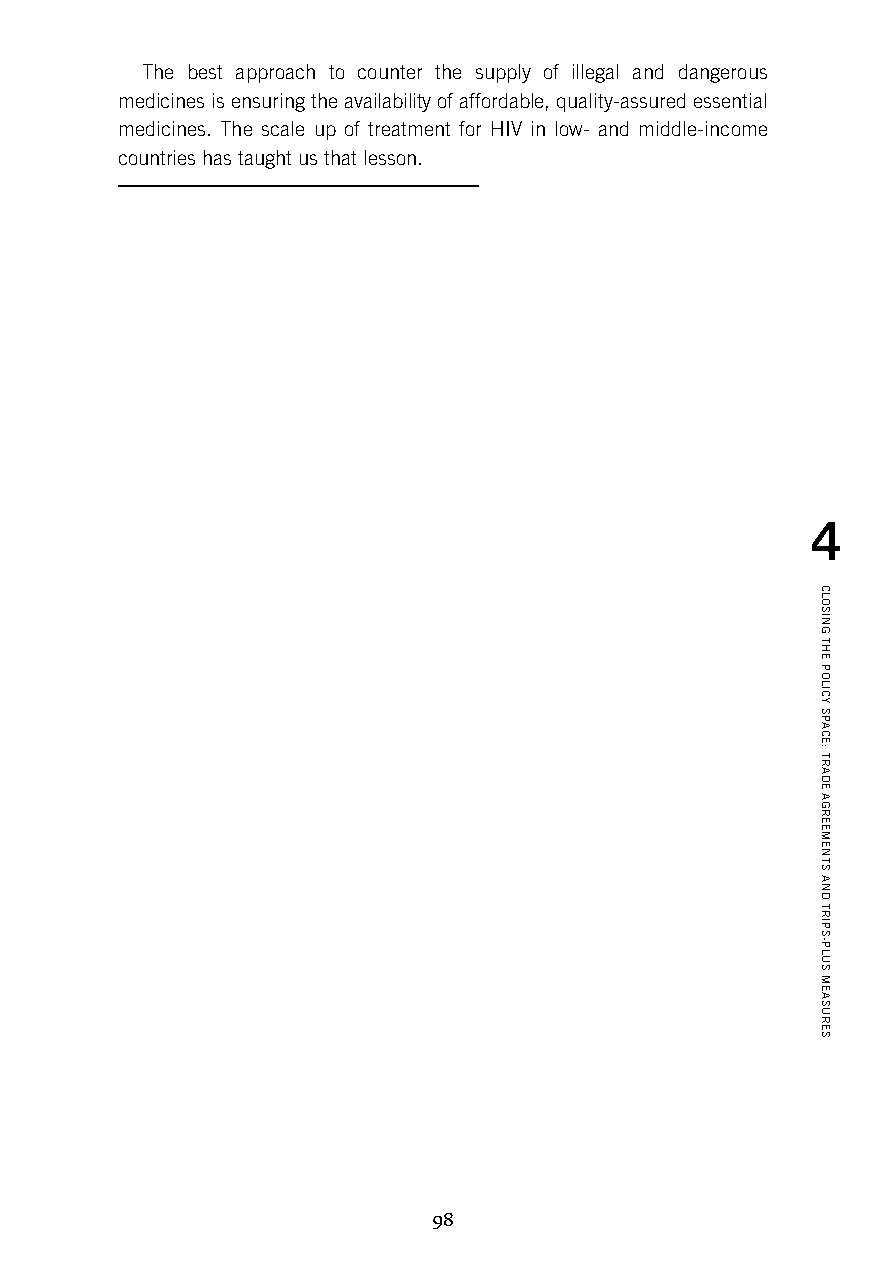
The best approach to counter the supply of illegal and dangerous
 medicines is ensuring the availability of affordable, quality-assured essential
 medicines. The scale up of treatment for HIV in low- and middle-income
 countries has taught us that lesson.
 4
 98
 CLOSING
 THE
 POLICY
 SPACE:
 TRADE
 AGREEMENTS
 AND
 TRIPS-PLUS
 MEASURES